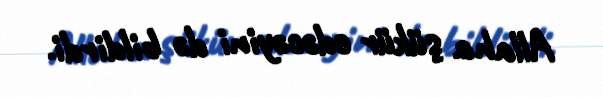
Allaha şükür edəcəyini də bildirdi.